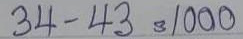
34 - 43 = 1000